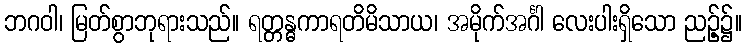
ဘဂဝါ၊ မြတ်စွာဘုရားသည်။ ရတ္တန္ဓကာရတိမိသာယ၊ အမိုက်အင်္ဂါ လေးပါးရှိသော ညဉ့်၌။